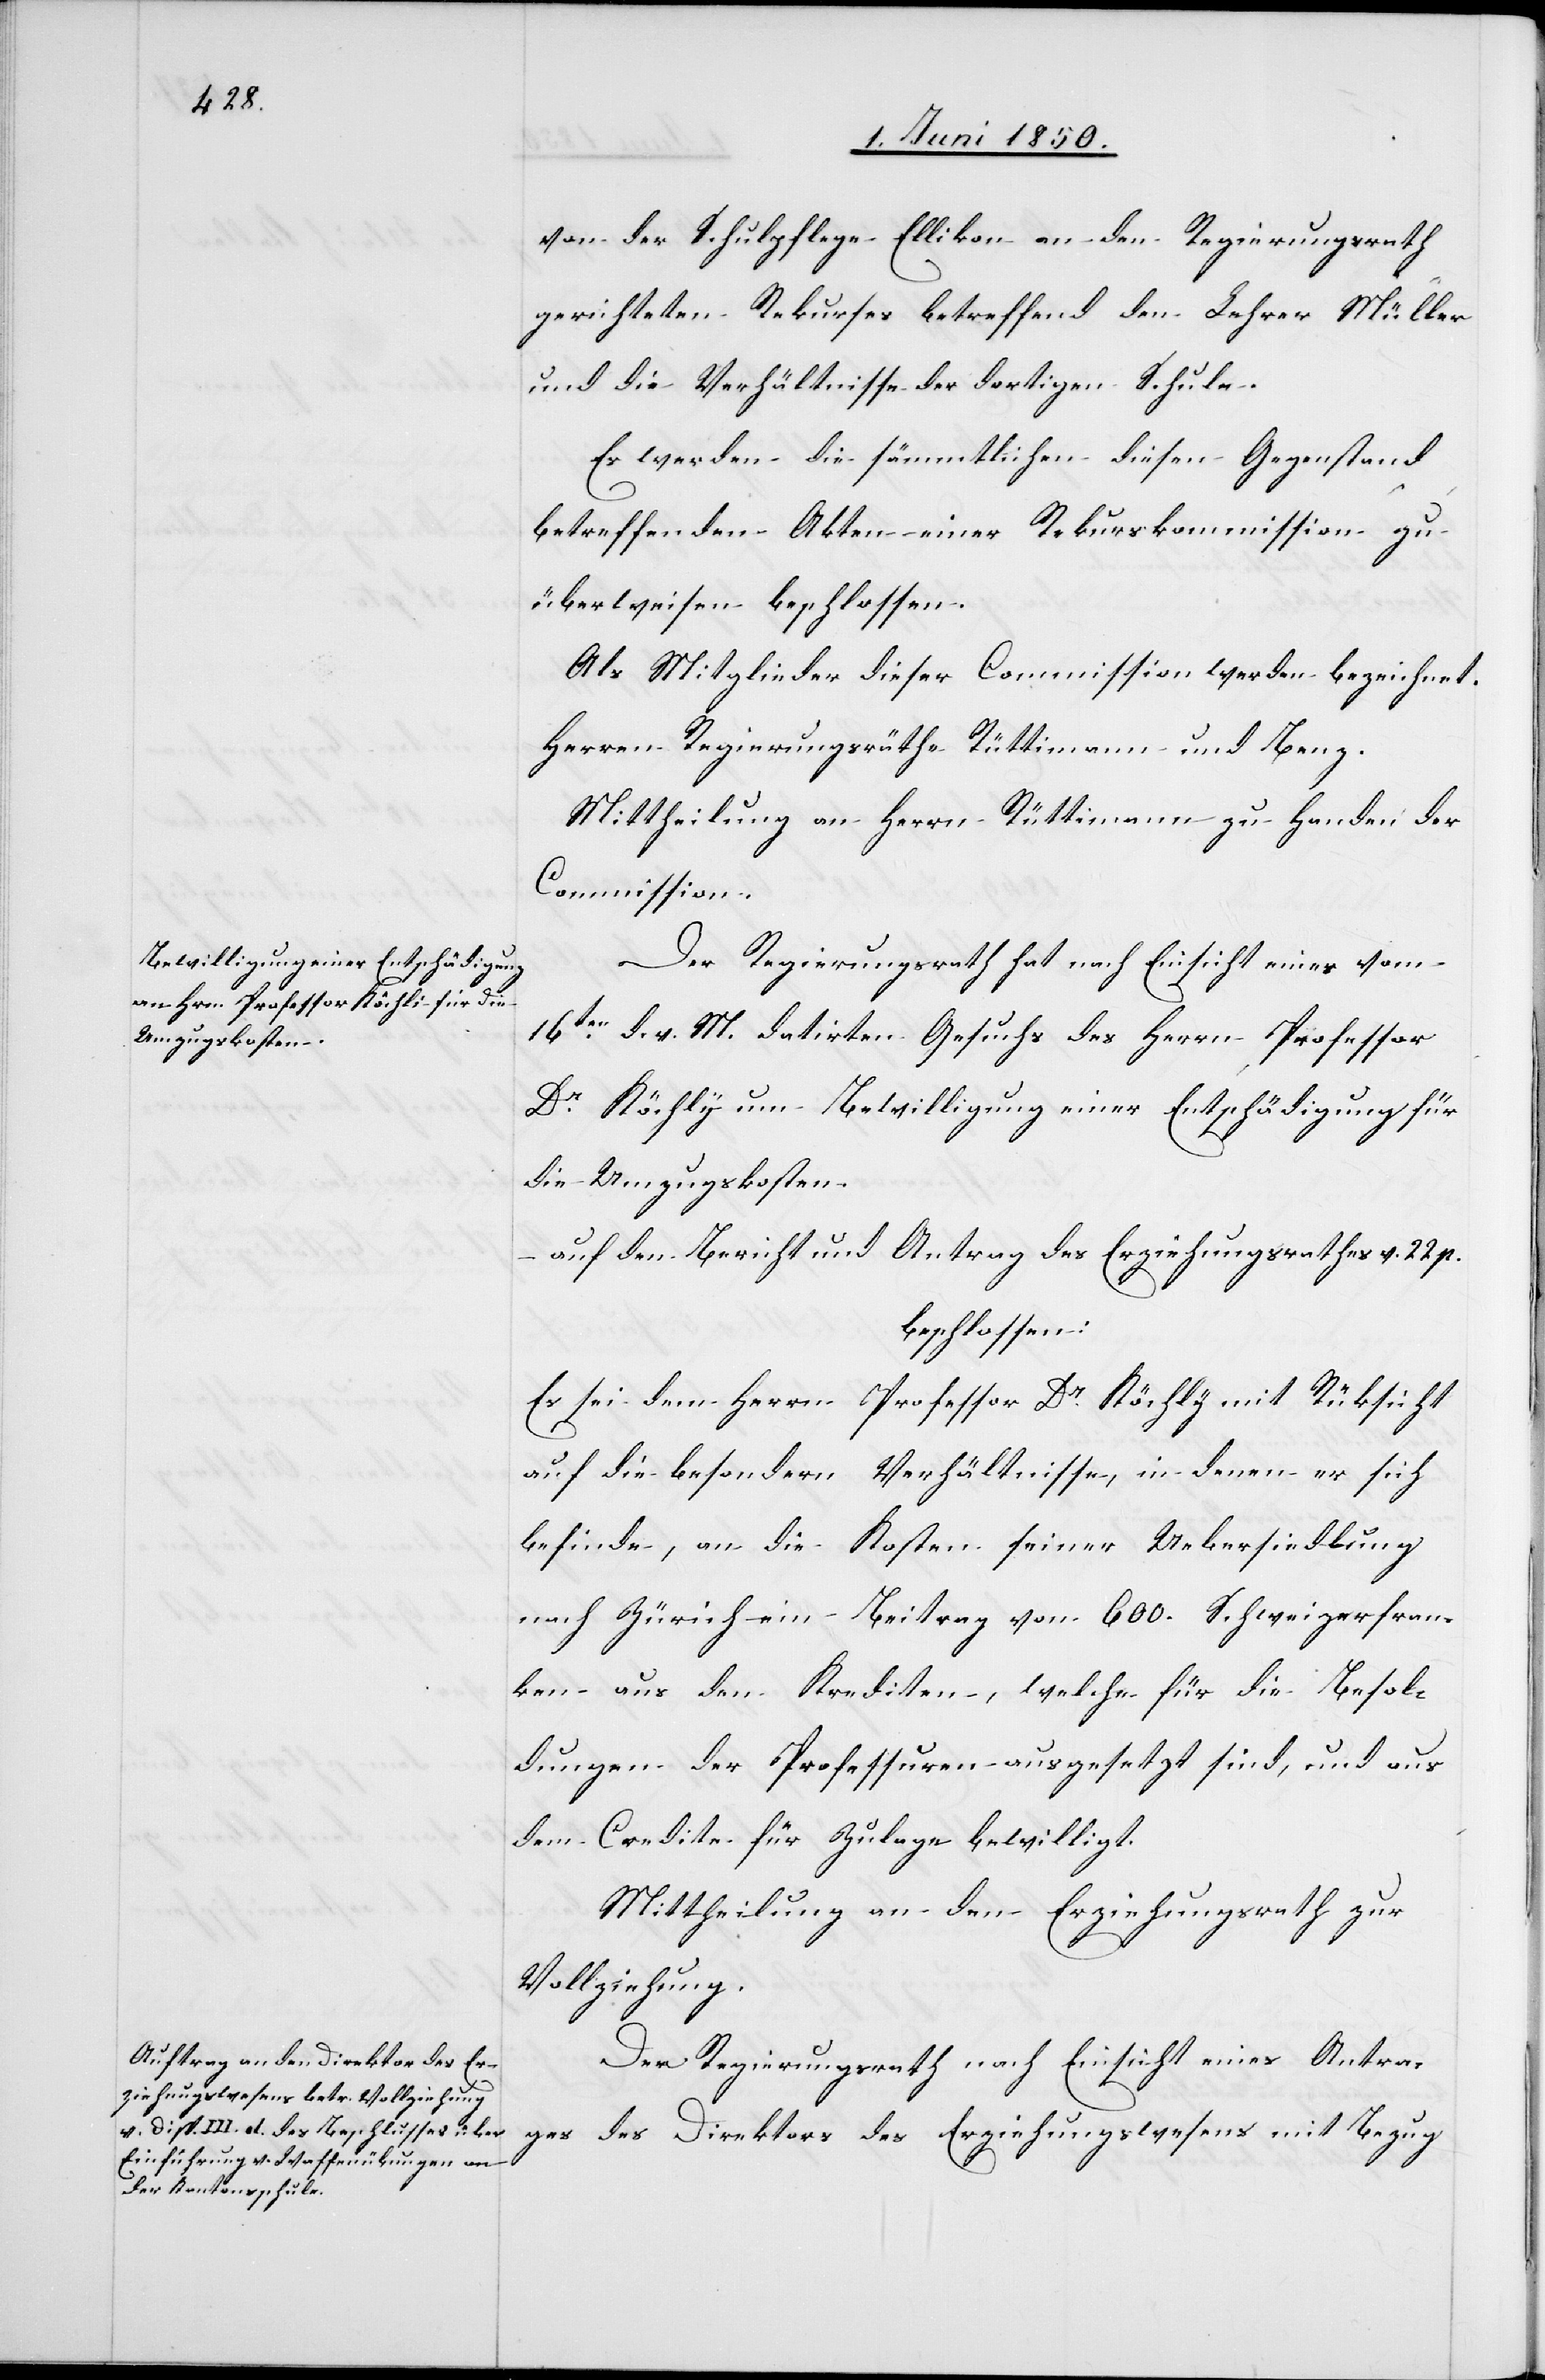
Bewilligung einer Entschädigung

von der Schulpflege Ellikon an den Regierungsrath
gerichteten Rekurses betreffend den Lehrer Müller
und die Verhältnisse der dortigen Schule.
Es werden die sämmtlichen diesen Gegenstand
betreffenden Akten einer Rekurskommission zu
überweisen beschlossen.
Als Mitglieder dieser Commission werden bezeichnet.
Herren Regierungsräthe Rüttimann und Benz.
Mittheilung an Herrn Rüttimann zu Handen der
Commission.
Der Regierungsrath hat nach Einsicht eines vom
16ten d. v. M. datirten Gesuchs des Herrn Professor
die Umzugskosten
auf den Bericht und Antrag des Erziehungsrathes v. 22. p.
beschlossen:
Es sei dem Herrn Professor Dr Köchly mit Rücksicht
auf die besondern Verhältnisse, in denen er sich
befinde, an die Kosten seiner Uebersiedlung
nach Zürich ein Beitrag von 600. Schweizerfran¬
ken aus den Krediten, welche für die Besol¬
dungen der Professuren ausgesetzt sind, und aus
dem Credite für Zulage bewilligt.
Mittheilung an den Erziehungsrath zur
Vollziehung.
Der Regierungsrath nach Einsicht eines Antra¬
ges des Direktors des Erziehungswesens mit Bezug